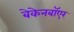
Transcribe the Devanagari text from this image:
बेकेनबॉएर